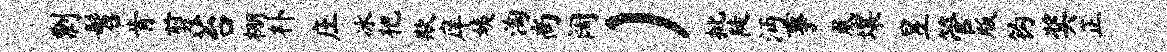
剽髫肯剪苔棚朴庄冰杷欺庠姨淘尚阔）批陡沔事凰壤昱管版钩奖正